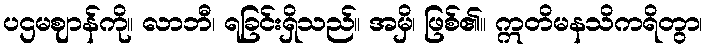
ပဌမဈာန်ကို။ လာဘီ၊ ရခြင်းရှိသည်။ အမှိ၊ ဖြစ်၏။ ဣတိမနသိကရိတွာ၊